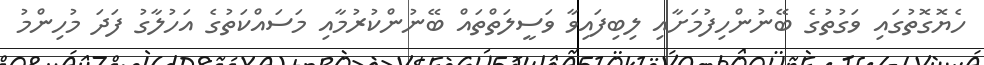
ހެޔޮގޮތުގައި ވަގުތުގެ ބޭނުންހިފުމަށާއި ލިބިފައިވާ ވަސީލަތްތައް ބޭނުންކުރުމާއި މަސައްކަތުގެ އަހުލާގު ފަދަ މުހިންމު